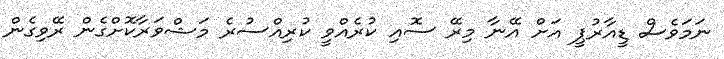
ނަމަވެސް ޑީއާރުޕީ އަށް އޭނާ މިރޭ ސޮއި ކުރެއްވީ ކުރިއްސުރެ މަޝްވަރާކޮށްގެން ރޭވިގެން